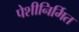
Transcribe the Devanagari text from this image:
पेशीनिर्मित